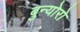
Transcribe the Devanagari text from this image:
बुन्योरो